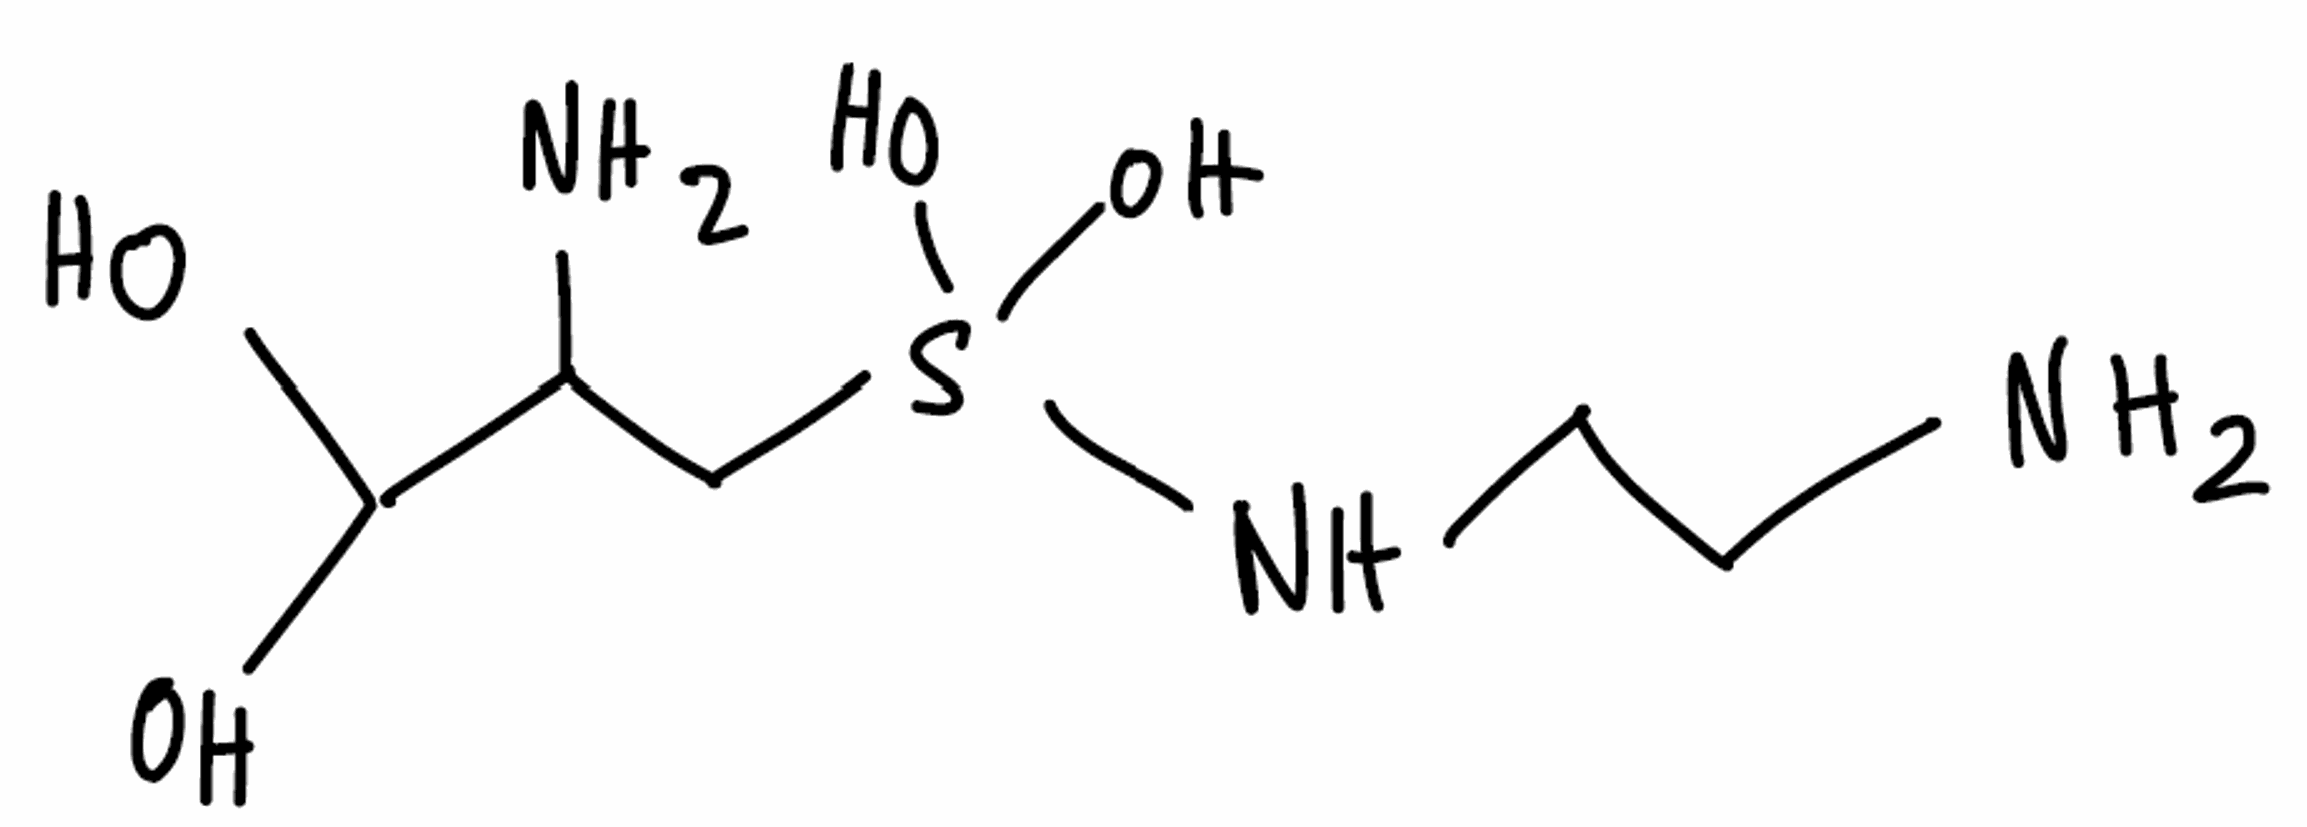
Simplified molecular-input line-entry system (SMILES) notation of the given molecule:
C(CNS(CC(C(O)O)N)(O)O)N